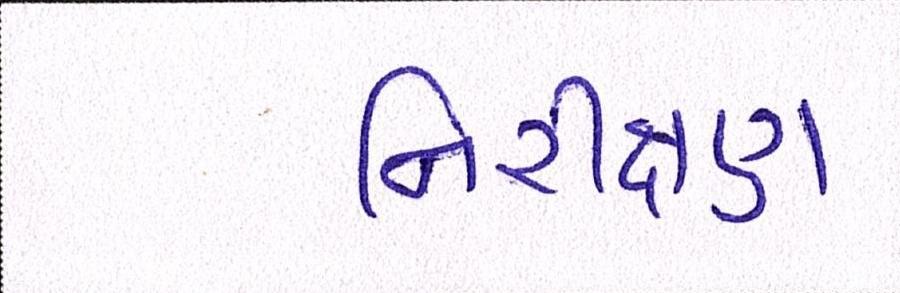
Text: નિરીક્ષણ